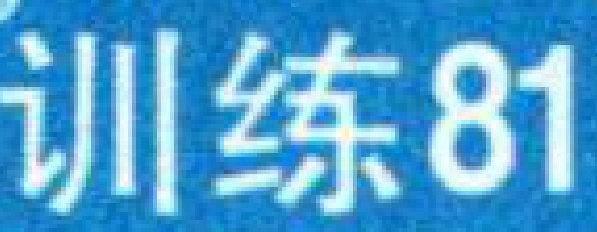
训练81